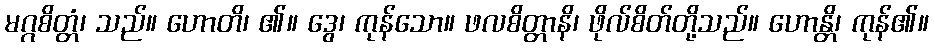
မဂ္ဂစိတ္တံ၊ သည်။ ဟောတိ၊ ၏။ ဒွေ၊ ကုန်သော။ ဖလစိတ္တာနိ၊ ဖိုလ်စိတ်တို့သည်။ ဟောန္တိ၊ ကုန်၏။